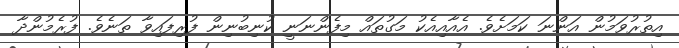
އިތުރުވަމުން އަންނަ ކަމަށެވެ. އެއާއިއެކު މަގުތައް މިފެންނަނީ ކުނިބުނިން ފުރިފައިވާ ތަނެވެ. ފުރެމުންދާ